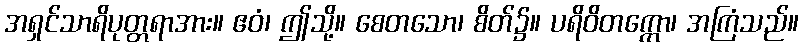
အရှင်သာရိပုတ္တရာအား။ ဧဝံ၊ ဤသို့။ စေတသော၊ စိတ်၌။ ပရိဝိတက္ကော၊ အကြံသည်။